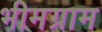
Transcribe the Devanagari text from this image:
भीमग्राम